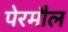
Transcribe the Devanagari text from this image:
पेरमौल